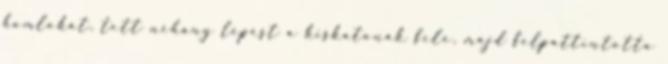
homlokát, tett néhány lépést a kiskatonák felé, majd felpattintotta